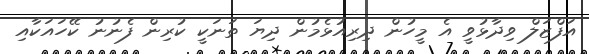
އަފްޒަލް ވިދާޅުވީ އެ މީހުން ދިރިއުޅެމުން ދިޔަ ތަނަކީ ކުރިން ފެނުނު ކޭހައަކާއި